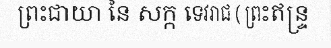
ព្រះជាយា នៃ សក្ក ទេវរាជ ( ព្រះឥន្ទ្រ